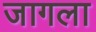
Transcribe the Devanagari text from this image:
जागला